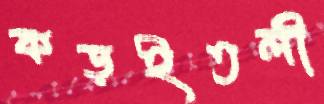
কড়ইতলী